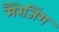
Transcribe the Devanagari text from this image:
मैरेजिंग